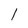
Character: 1